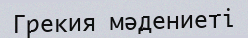
Грекия мәдениеті